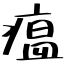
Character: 瘟